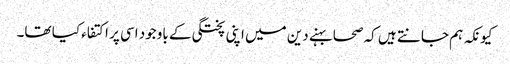
کیونکہ ہم جانتے ہیں کہ صحابہنے دین میں اپنی پختگی کے باوجود اسی پر اکتفاء کیا تھا۔